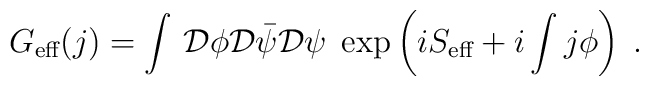
G_{\mbox{\scriptsize eff}}(j) = \int\,{\cal D}\phi{\cal D}{\bar\psi}{\cal D}\psi \; \exp\left( iS_{\mbox{\scriptsize eff}} +i\int j\phi\right)\;.